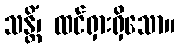
သန္တိံ၊ ထင်ရှားရှိသော။